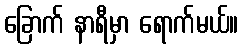
ခြောက် နာရီမှာ ရောက်မယ်။